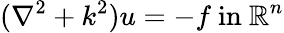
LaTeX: (\nabla^{2}+k^{2})u=-f{\mathrm{~in~}}\mathbb{R}^{n}